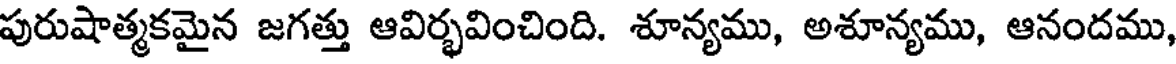
పురుషాత్మకమైన జగత్తు ఆవిర్భవించింది. శూన్యము, అశూన్యము, ఆనందము,